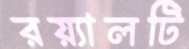
রয়্যালটি